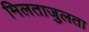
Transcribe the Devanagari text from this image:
मिलताजुलता